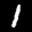
Label: 1